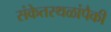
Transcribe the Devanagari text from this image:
संकेतस्थळांपैकी